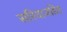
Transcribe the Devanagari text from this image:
सरियाजडित